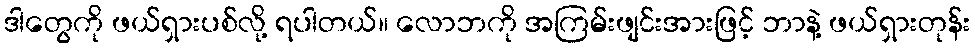
ဒါတွေကို ဖယ်ရှားပစ်လို့ ရပါတယ်။ လောဘကို အကြမ်းဖျင်းအားဖြင့် ဘာနဲ့ ဖယ်ရှားတုန်း